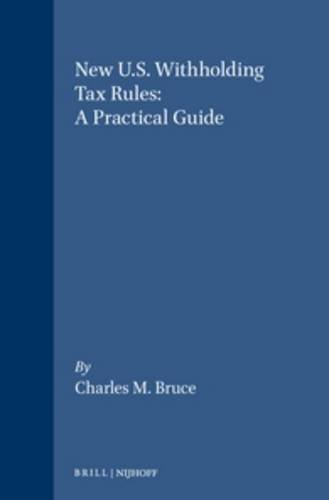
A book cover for New U.S. Withholding Tax Rules: A Practical Guide; Charles M. Bruce; Law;